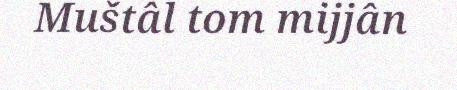
Muštâl tom mijjân